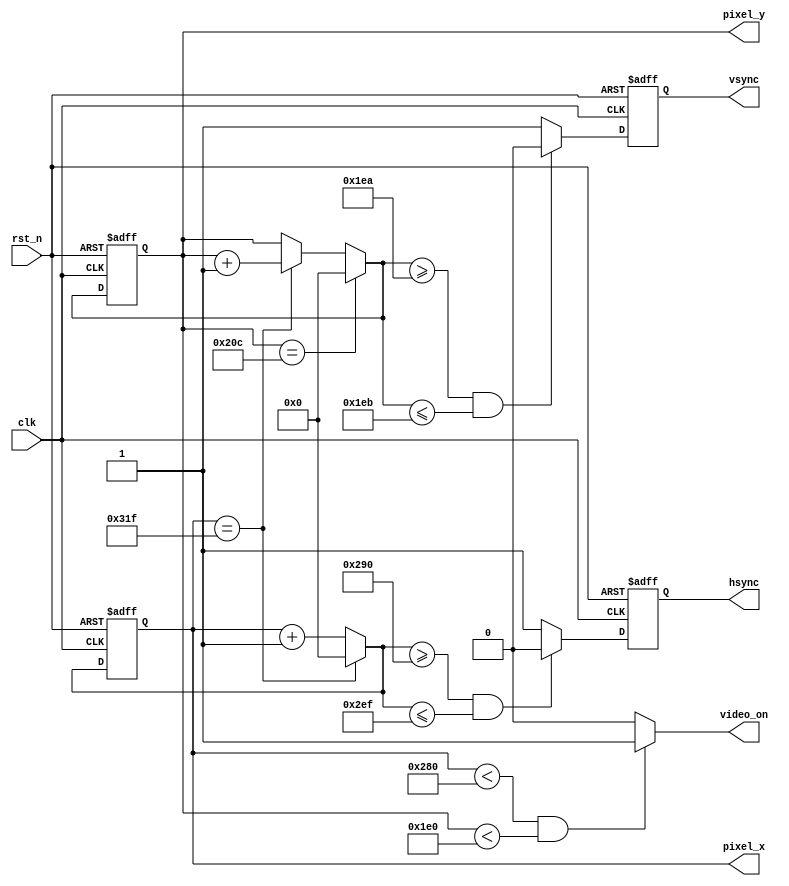
`timescale 1ns / 1ps

module vga_core(
	input clk,rst_n, //clock must be 25MHz for 640x480 
	output hsync,vsync,
	output reg video_on,
	output[11:0] pixel_x,pixel_y
    );		//650x480 parameters
	 localparam HD=640, //Horizontal Display
					HR=16, //Right Border
					HRet=96, //Horizontal Retrace
					HL=48, //Left Border
					
					VD=480, //Vertical Display
					VB=10, //Bottom Border
					VRet=2, //Vertical Retrace
					VT=33; //Top Border
	reg[11:0] vctr_q=0,vctr_d; //counter for vertical scan
	reg[11:0] hctr_q=0,hctr_d; //counter for vertical scan
	reg hsync_q=0,hsync_d;
	reg vsync_q=0,vsync_d;
	//vctr and hctr register operation
	always @(posedge clk,negedge rst_n) begin
		if(!rst_n) begin
			vctr_q<=0;
			hctr_q<=0;
			vsync_q<=0;
			hsync_q<=0;
		end
		else begin
			vctr_q<=vctr_d;
			hctr_q<=hctr_d;
			vsync_q<=vsync_d;
			hsync_q<=hsync_d;
		end
	end
	
	always @* begin
		vctr_d=vctr_q;
		hctr_d=hctr_q;
		video_on=0;
		hsync_d=1; 
		vsync_d=1; 
		
		if(hctr_q==HD+HR+HRet+HL-1) hctr_d=0; //horizontal counter
		else hctr_d=hctr_q+1'b1;
		
		if(vctr_q==VD+VB+VRet+VT-1) vctr_d=0; //vertical counter
		else if(hctr_q==HD+HR+HRet+HL-1) vctr_d=vctr_q+1'b1;
		
		if(hctr_q<HD && vctr_q<VD) video_on=1; //video_on 
		
		if( (hctr_d>=HD+HR) && (hctr_d<=HD+HR+HRet-1) ) hsync_d=0; //horizontal sync 
		if( (vctr_d>=VD+VB) && (vctr_d<=VD+VB+VRet-1) ) vsync_d=0; //vertical sync
				
	end
		assign vsync=vsync_q;
		assign hsync=hsync_q;
		assign pixel_x=hctr_q;
		assign pixel_y=vctr_q;

endmodule